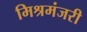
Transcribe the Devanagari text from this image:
मिश्रमंजरी